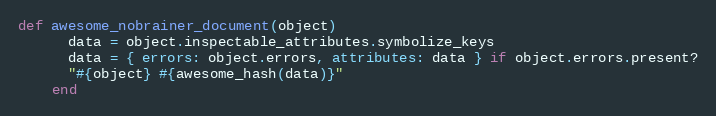
Language: Ruby
def awesome_nobrainer_document(object)
      data = object.inspectable_attributes.symbolize_keys
      data = { errors: object.errors, attributes: data } if object.errors.present?
      "#{object} #{awesome_hash(data)}"
    end